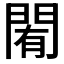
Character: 𨴜